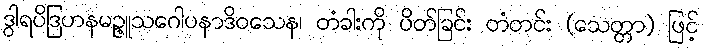
ဒွါရပိဒြဟနမဉ္ဇူသဂေါပနာဒိဝသေန၊ တံခါးကို ပိတ်ခြင်း တံတင်း (သေတ္တာ) ဖြင့်